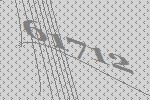
61712